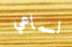
لسماعي